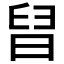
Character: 𣇀